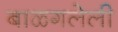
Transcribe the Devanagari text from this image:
बाळगलेली